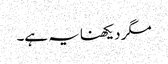
مگر دیکھنا یہ ہے۔